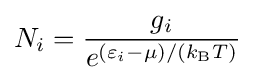
N_{i}={\frac {g_{i}}{e^{(\varepsilon _{i}-\mu )/(k_{\text{B}}T)}}}